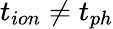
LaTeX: t_{ion}\neq t_{ph}